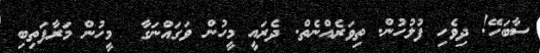
ސާބަހޭ! ދިވެހި ފުލުހުން. ތިވަރެއްނެތް. ދެރައީ މީހުން ވަގައްނަގާ  މީހުން މަރާފަތިބި